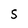
Character: S